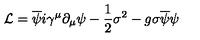
{ \cal L } = \overline { { \psi } } i \gamma ^ { \mu } \partial _ { \mu } \psi - \frac { 1 } { 2 } { \sigma } ^ { 2 } - g \sigma \overline { { \psi } } \psi